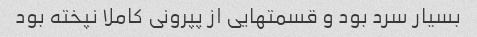
بسیار سرد بود و قسمتهایی از پپرونی کاملا نپخته بود